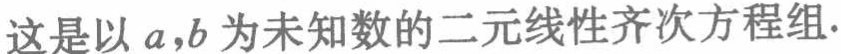
这是以 \(a,b\) 为未知数的二元线性齐次方程组.